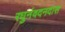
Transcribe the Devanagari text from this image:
रघुनंवदनदास